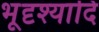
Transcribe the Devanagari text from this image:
भूदृश्यादि